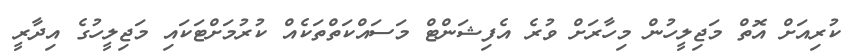
ކުރިއަށް އޮތް މަޖިލީހުން މިހާރަށް ވުރެ އެފިޝަންޓް މަސައްކަތްތަކެއް ކުރުމަށްޓަކައި މަޖިލީހުގެ އިދާރީ